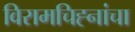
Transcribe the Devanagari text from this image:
विरामचिह्नांचा